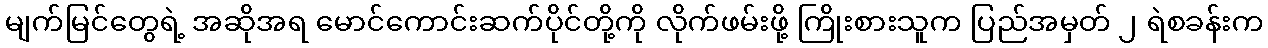
မျက်မြင်တွေရဲ့ အဆိုအရ မောင်ကောင်းဆက်ပိုင်တို့ကို လိုက်ဖမ်းဖို့ ကြိုးစားသူက ပြည်အမှတ် ၂ ရဲစခန်းက